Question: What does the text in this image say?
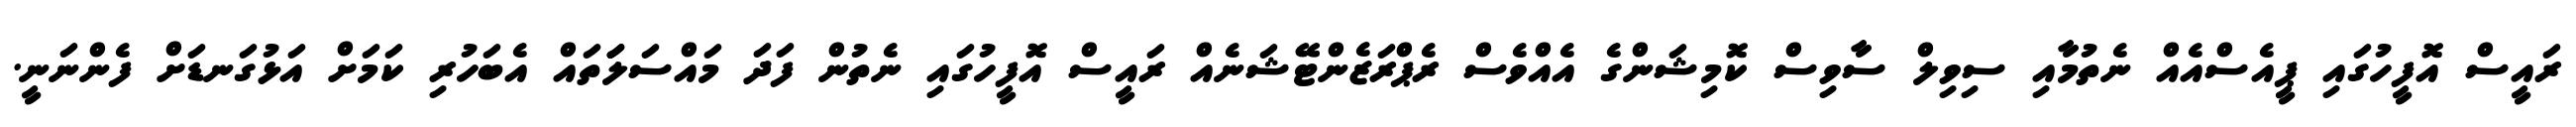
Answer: ރައީސް އޮފީހުގައި ޕީއެސްއެއް ނެތުމާއި ސިވިލް ސާވިސް ކޮމިޝަންގެ އެއްވެސް ރެޕްރަޒެންޓޭޝަނެއް ރައީސް އޮފީހުގައި ނެތުން ފަދަ މައްސަލަަތައް އެބަހުރި ކަމަށް އަޅުގަނޑަށް ފެންނަނީ.